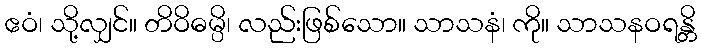
ဧဝံ၊ သို့လျှင်။ တိဝိဓမ္ပိ၊ လည်းဖြစ်သော။ သာသနံ၊ ကို။ သာသနဝရန္တိ